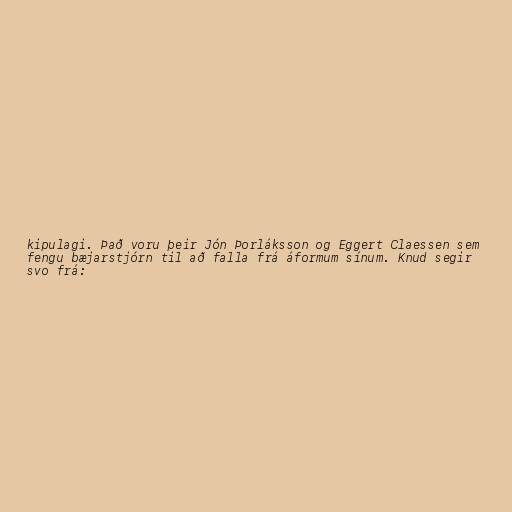
kipulagi. Það voru þeir Jón Þorláksson og Eggert Claessen sem
fengu bæjarstjórn til að falla frá áformum sínum. Knud segir
svo frá: